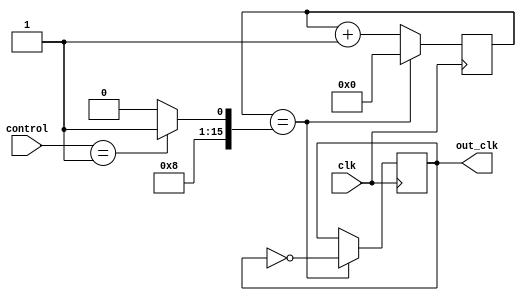
module fractional_divider (
    input wire clk,
    input wire [3:0] control,
    output reg out_clk
);

reg [15:0] count;
reg [15:0] divider;

always @(posedge clk) begin
    if (count == divider) begin
        out_clk <= ~out_clk;
        count <= 0;
    end else begin
        count <= count + 1;
    end
end

always @* begin
    case(control)
        4'b0000: divider = 16;
        4'b0001: divider = 17;
        // Add more cases for different fractional division values
        default: divider = 16;
    endcase
end

endmodule